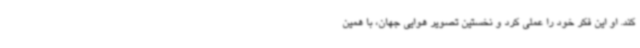
کند. او این فکر خود را عملی کرد و نخستین تصویر هوایی جهان، با همین